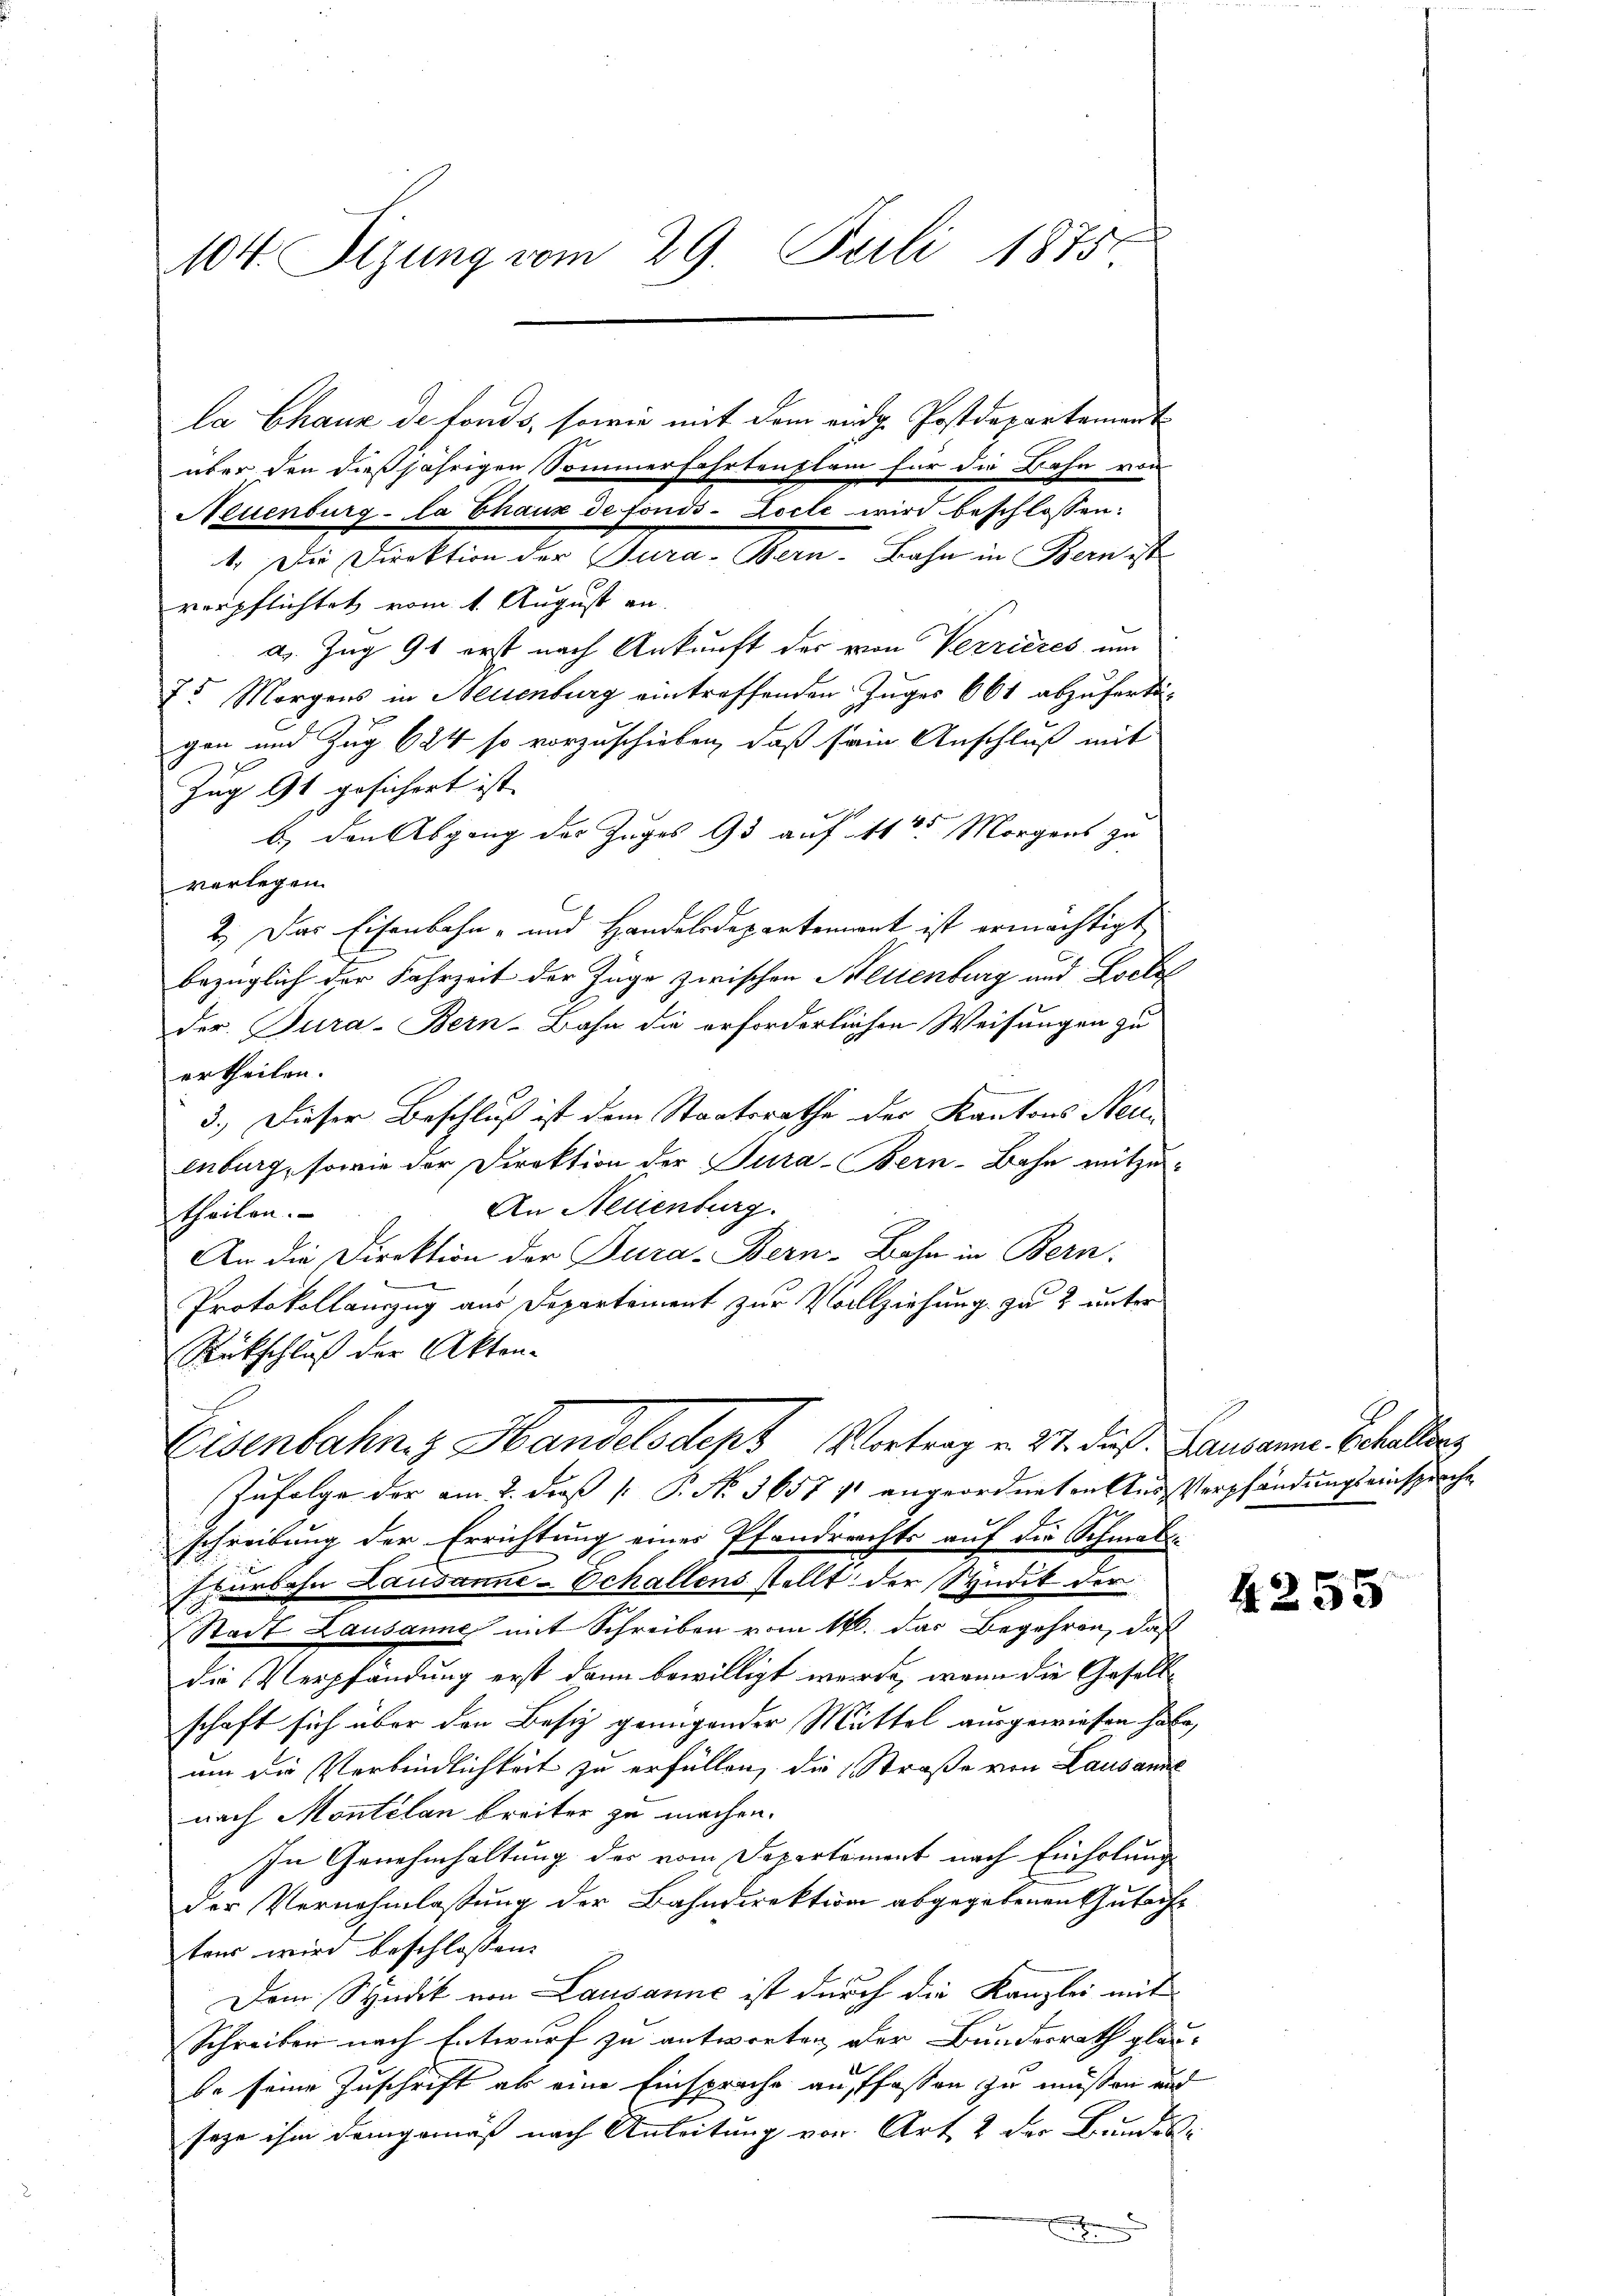
104. Sizung vom 29. Juli 1875

la Chaux de fonds, sowie mit dem eidg. Postdepartement
über den dießjährigen Sommerfahrtenplan für die Bahn von
Neuenburg - la Chaux de fonds-Zocte wird beschlossen:
1. Die Direktion der Jura-Bern-Bahn in Bern ist
verpflichtet vom 1. August an.
a. Zug 91 erst nach Ankunft der von Verrieres um
75 Morgens in Neuenburg eintreffenden Zuges 661 abzufertigen und Zug 624 so vorzuschieben, daß sein Anschluß mit
Zug 91 gesichert ist.
b.) den Abgang des Zuges 13 auf 45 Morgens zu
verlegen.
2.) Das Eisenbahn- und Handelsdepartement ist ermächtigt,
bezüglich der Fahrzeit der Züge zwischen Neuenburg und Locke
der Tura-Bern-Bahn die erforderlichen Weisungen zu
ertheilen.
3.) Dieser Beschluß ist dem Staatsrathe der Kantons Neuenburg, sowie der Direktion der Tura-Boern-Bahn mitzu¬
An Neuenburg.
theilen.
An die Direktion der Tura-Bern-Bahn in Bern.
Protokollauszug aus Departement zur Vollziehung zu 2 unter
Rückschluß der Akten-
Eisenbahng Handelsdept Vortrag v. 21. daß Lausanne. Behellens
Infolge der am 2. daß  P. No. 1657 1 angeordneten Aus Verpfändungseinsprache
schreibung der Errichtung eines Pfandrechts auf die Schmal-
fturbohn Lausanne-Schallens stellt der Syndik der
Stadt Lausanne mit Schreiben vom 16. das Begehren, daß
die Verpfändung erst dann bewilligt werde, wenn die Gesellschaft sich über den Besiz genügender Mittel ausgewiesen habe,
um die Verbindlichkeit zu erfüllen, die Straße von Lausanne
nach Montelan breiter zu machen.
In Genehmhaltung des vom Departement nach Einholung
der Vernehmlassung der Bahndirektion abgegebenen Gutachtens wird beschlossen. |
Dem Syndik von Lausanne ist durch die Kanzlei mit
Schreiben nach Entwurf zu antworten, der Bundesrath glau-
be seine Zuschrift als eine Einsprache auffassen zu müßen und
sage ihm demgemäß nach Anleitung von Art. 2 der Bundes-

4255